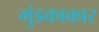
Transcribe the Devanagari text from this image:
मुंडकाकार